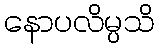
နောပလိမ္ပသိ